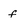
Character: f